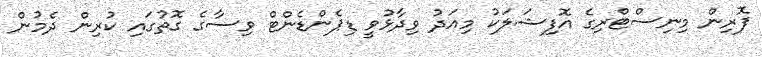
ފޮރިން މިނިސްޓްރިގެ އޮފިޝަލަކު މިއަދު ވިދާޅުވީ ޑިޕެންޑެންޓް ވިސާގެ ގޮތުގައި ކުރިން ދެމުން